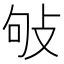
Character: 𢼒